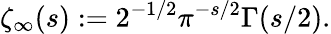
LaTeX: \zeta_{\infty}(s):=2^{-1/2}\pi^{-s/2}\Gamma(s/2).